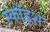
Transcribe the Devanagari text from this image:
स्कॉइश